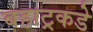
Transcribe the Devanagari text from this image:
बहाट्रकडे